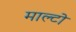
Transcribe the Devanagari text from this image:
माल्टो